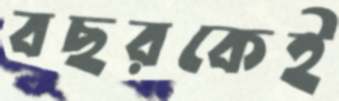
বছরকেই